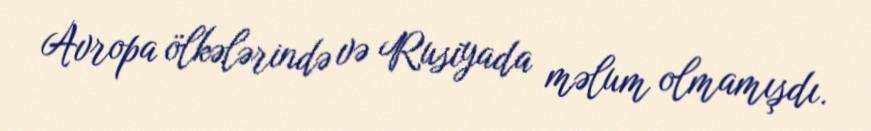
Avropa ölkələrində və Rusiyada məlum olmamışdı.